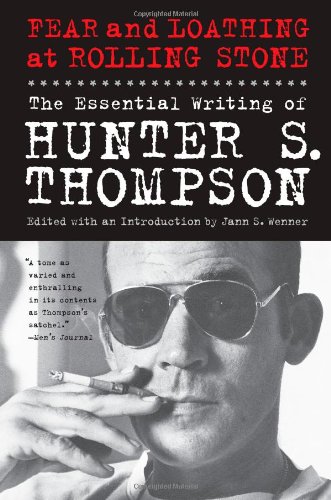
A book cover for Fear and Loathing at Rolling Stone: The Essential Writing of Hunter S. Thompson; Hunter S. Thompson; Literature & Fiction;